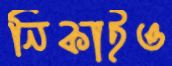
নিকাইও